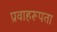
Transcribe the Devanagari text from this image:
प्रवाहरूपता